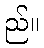
ည်။